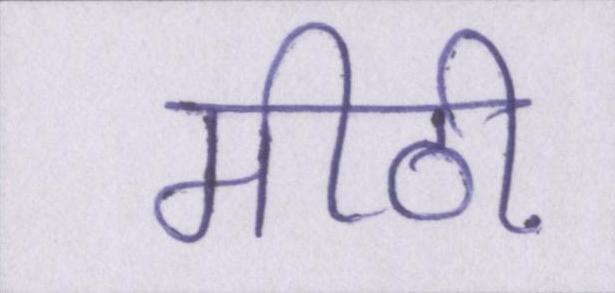
मीठी